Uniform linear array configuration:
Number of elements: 12
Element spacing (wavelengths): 1
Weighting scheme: blackman
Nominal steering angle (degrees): -15
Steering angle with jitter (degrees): -14.069
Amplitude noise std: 0.05
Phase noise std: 0.05

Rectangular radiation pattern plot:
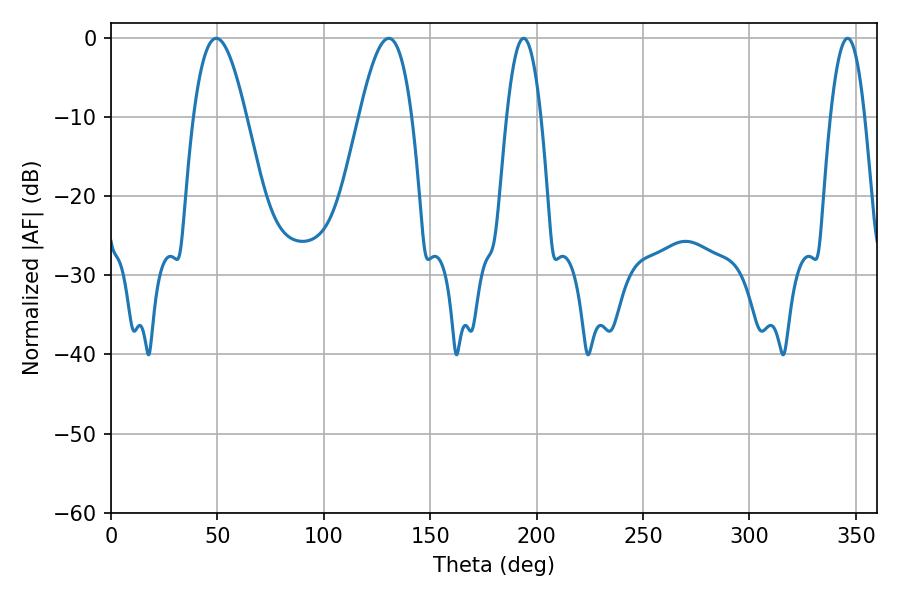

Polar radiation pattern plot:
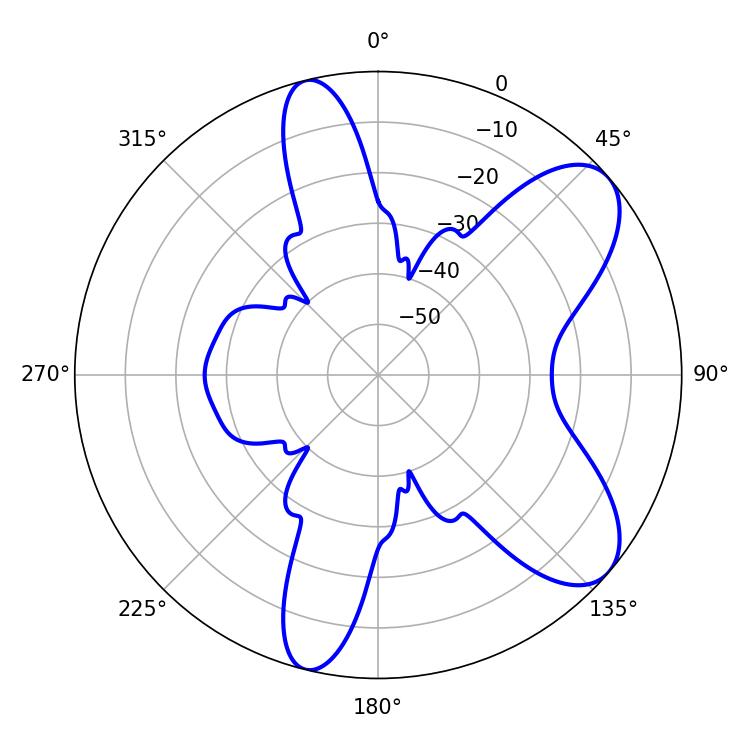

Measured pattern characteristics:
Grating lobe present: TRUE
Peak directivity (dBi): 8.057
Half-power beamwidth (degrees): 13.5
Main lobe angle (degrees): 49.5